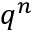
q ^ { n }